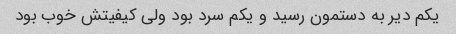
یکم دیر به دستمون رسید و یکم سرد بود ولی کیفیتش خوب بود